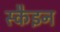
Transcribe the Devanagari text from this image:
स्कैइन